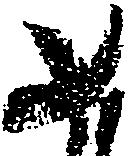
如